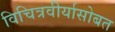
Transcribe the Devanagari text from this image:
विचित्रवीर्यासोबत